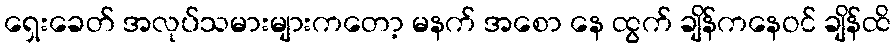
ရှေးခေတ် အလုပ်သမားများကတော့ မနက် အစော နေ ထွက် ချိန်ကနေဝင် ချိန်ထိ